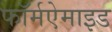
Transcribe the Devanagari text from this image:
फॉर्मऐमाइड